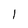
Character: 1